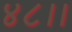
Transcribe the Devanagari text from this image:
४८।।